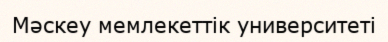
Мәскеу мемлекеттік университеті